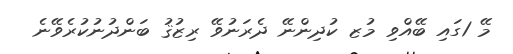
މޭ 1ގައި ބޭއްވި މުޒ ކުދިންނޭ ދެރަނުވޭ ރިޒުޤު ބަންދުނުކުރެވޭނެ